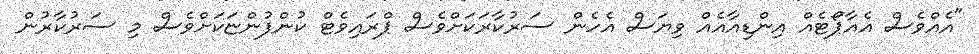
"އެއްވެސް އެއާޕޯޓެއް އިންޑިއާއެއް ވިޔަސް އެހެން ސަރުކާރަކަށްވެސް ޕްރައިވެޓް ކުންފުންޏަކަށްވެސް މި ސަރުކާރުން